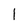
Character: 1